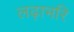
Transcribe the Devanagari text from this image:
लढ़ाभरि